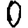
Digit: 0